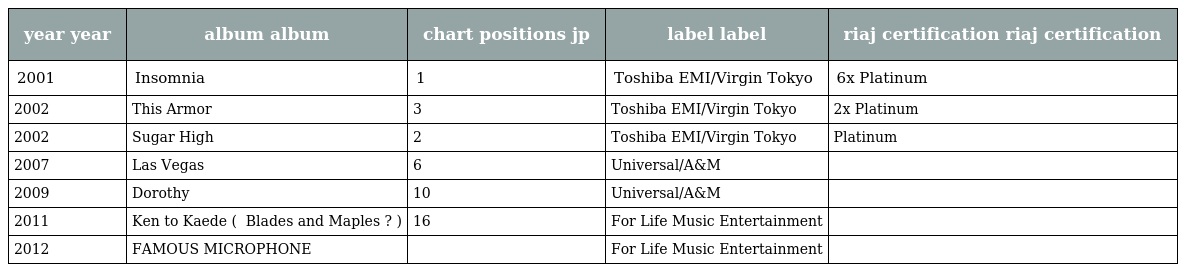
| year year | album album | chart positions jp | label label | riaj certification riaj certification |
 | --- | --- | --- | --- | --- |
 | 2001 | Insomnia | 1 | Toshiba EMI/Virgin Tokyo | 6x Platinum |
 | 2002 | This Armor | 3 | Toshiba EMI/Virgin Tokyo | 2x Platinum |
 | 2002 | Sugar High | 2 | Toshiba EMI/Virgin Tokyo | Platinum |
 | 2007 | Las Vegas | 6 | Universal/A&M |  |
 | 2009 | Dorothy | 10 | Universal/A&M |  |
 | 2011 | Ken to Kaede ( 剣と楓 Blades and Maples ? ) | 16 | For Life Music Entertainment |  |
 | 2012 | FAMOUS MICROPHONE |  | For Life Music Entertainment |  |